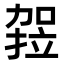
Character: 𭄻